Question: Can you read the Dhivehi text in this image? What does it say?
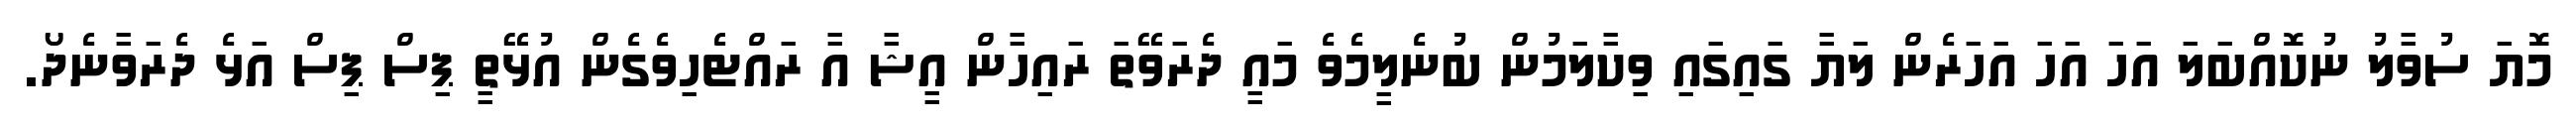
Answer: މޮޔަ ސުވާލު ނުކޮއްބަލަ އަހަ އަހަ އަހަރެން ލަޔާ ގައިގައި ވިކާލަމުން ބުނެލީމެވެ މައީ ދެރަވޭތަ ރައިހާން އީޝާ އާ ރައްޓެހިވެގެން އުޅޭތީ ޕިސް ޕިސް އަޅެ ދެރަވާނެދޯ.